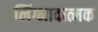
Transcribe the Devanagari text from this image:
लिंग्भावात्मक